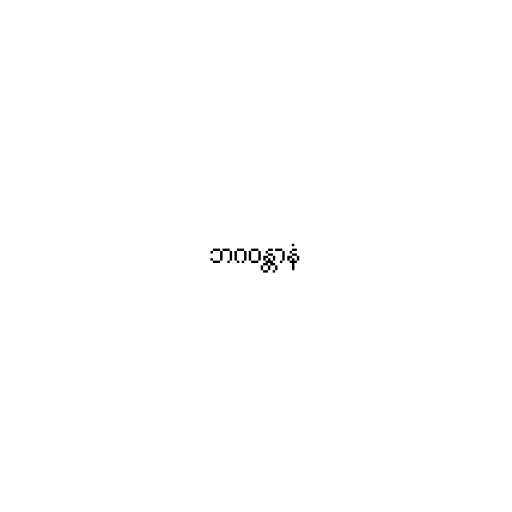
ဘဂဝန္တာနံ